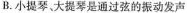
B.小提琴、大提琴是通过弦的振动发声